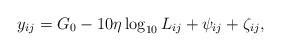
LaTeX: \begin{align*}y_{ij} = G_0-10\eta\log_{10} L_{ij}+\psi_{ij}+\zeta_{ij},\end{align*}